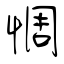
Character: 惆